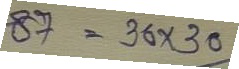
87 = 30 x 30